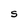
Character: S